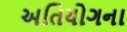
અતિયોગના